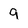
Character: 9